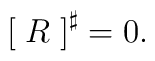
\left[\;R\;\right]^\sharp=0.